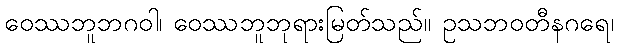
ဝေဿဘူဘဂဝါ၊ ဝေဿဘူဘုရားမြတ်သည်။ ဥသဘဝတီနဂရေ၊